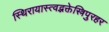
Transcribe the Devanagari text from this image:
स्थिरायास्त्वद्भक्तेस्त्रिपुरहर